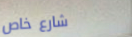
شارع خاص